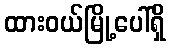
ထားဝယ်မြို့ပေါ်ရှိ